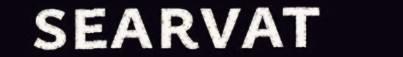
searvat